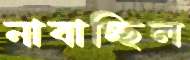
নাবাচ্ছিল